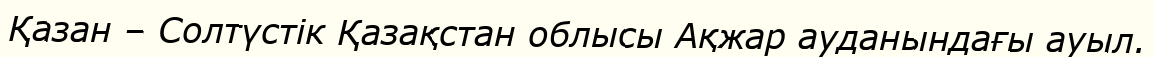
Қазан – Солтүстік Қазақстан облысы Ақжар ауданындағы ауыл.